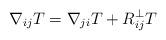
LaTeX: \begin{align*}\nabla_{ij}T = \nabla_{ji}T + R^\perp_{ij}T\end{align*}